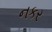
નકર